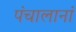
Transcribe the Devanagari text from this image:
पंचालानां